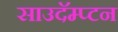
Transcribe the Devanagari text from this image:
साउदॅम्प्टन